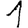
Digit: 1